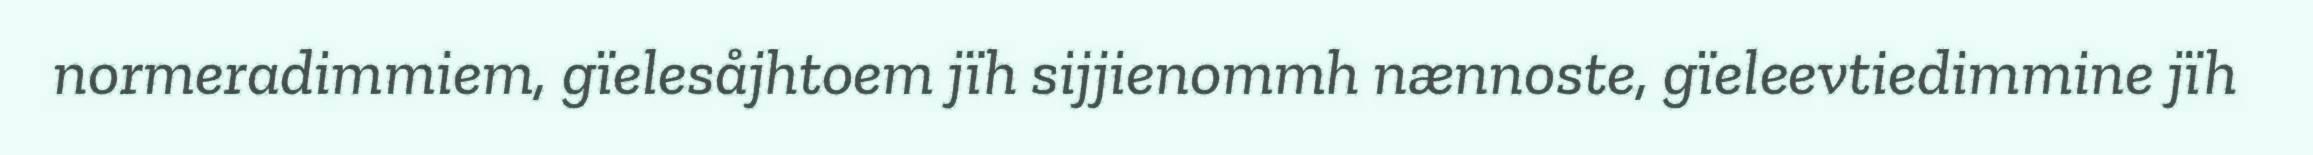
normeradimmiem, gïelesåjhtoem jïh sijjienommh nænnoste, gïeleevtiedimmine jïh